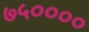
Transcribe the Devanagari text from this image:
७५००००